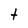
Character: t